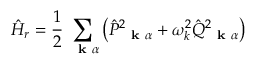
\hat { H } _ { r } = \frac { 1 } { 2 } \sum _ { \mathrm { ~ \bf ~ k ~ } \alpha } \left( \hat { P } _ { \mathrm { ~ \bf ~ k ~ } \alpha } ^ { 2 } + \omega _ { k } ^ { 2 } \hat { Q } _ { \mathrm { ~ \bf ~ k ~ } \alpha } ^ { 2 } \right)